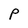
Character: P